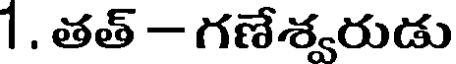
1 . తత్ - గణేశ్వరుడు